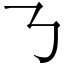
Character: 𠄎